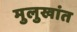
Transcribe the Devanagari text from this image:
मुलुखांत